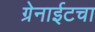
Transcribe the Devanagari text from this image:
ग्रेनाईटचा